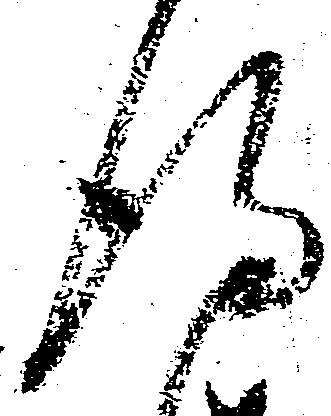
得